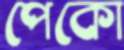
পেকো